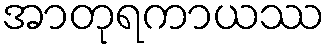
အာတုရကာယဿ